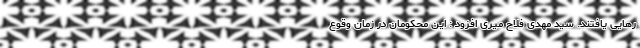
رهایی یافتند. سید مهدی فلاح میری افزود : این محکومان در زمان وقوع